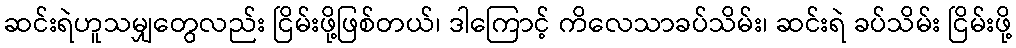
ဆင်းရဲဟူသမျှတွေလည်း ငြိမ်းဖို့ဖြစ်တယ်၊ ဒါကြောင့် ကိလေသာခပ်သိမ်း၊ ဆင်းရဲ ခပ်သိမ်း ငြိမ်းဖို့